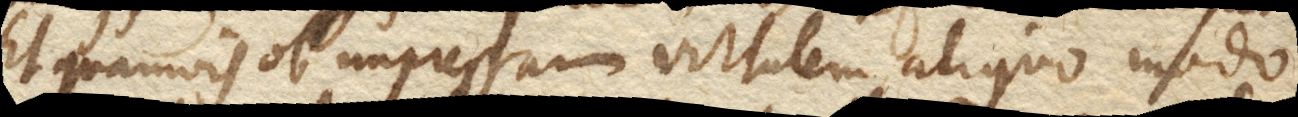
Et quamvis ob impressam virtutem aliquo modo